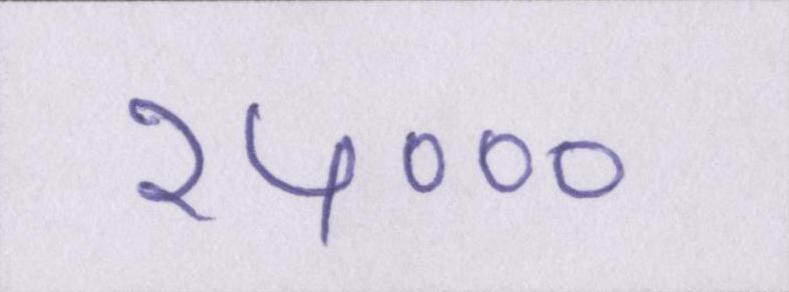
२५०००